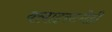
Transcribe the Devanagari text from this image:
क्लाइस्टनेही